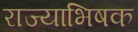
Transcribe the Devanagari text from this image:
राज्याभिषक